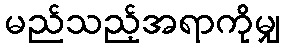
မည်သည့်အရာကိုမျှ